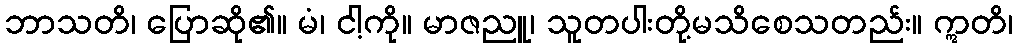
ဘာသတိ၊ ပြောဆို၏။ မံ၊ ငါ့ကို။ မာဇညူ၊ သူတပါးတို့မသိစေသတည်း။ ဣတိ၊